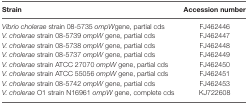
<table><thead><tr><td><b>Strain</b></td><td><b>Accession number</b></td></tr></thead><tbody><tr><td><i>Vibrio cholerae</i> strain 08-5735 <i>ompW</i>gene, partial cds</td><td>FJ462446</td></tr><tr><td><i>V. cholerae</i> strain 08-5739 <i>ompW</i> gene, partial cds</td><td>FJ462447</td></tr><tr><td><i>V. cholerae</i> strain 08-5738 <i>ompW</i> gene, partial cds</td><td>FJ462448</td></tr><tr><td><i>V. cholerae</i> strain 08-5737 <i>ompW</i> gene, partial cds</td><td>FJ462449</td></tr><tr><td><i>V. cholerae</i> strain ATCC 27070 <i>ompW</i> gene, partial cds</td><td>FJ462450</td></tr><tr><td><i>V. cholerae</i> strain ATCC 55056 <i>ompW</i> gene, partial cds</td><td>FJ462451</td></tr><tr><td><i>V. cholerae</i> strain 08-5742 <i>ompW</i> gene, partial cds</td><td>FJ462453</td></tr><tr><td><i>V. cholerae</i> O1 strain N16961 <i>ompW</i> gene, complete cds</td><td>KJ722608</td></tr></tbody></table>